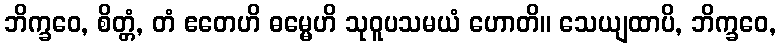
ဘိက္ခဝေ, စိတ္တံ, တံ ဧတေဟိ ဓမ္မေဟိ သုဝူပသမယံ ဟောတိ။ သေယျထာပိ, ဘိက္ခဝေ,